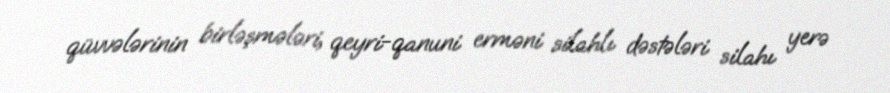
qüvvələrinin birləşmələri, qeyri-qanuni erməni silahlı dəstələri silahı yerə